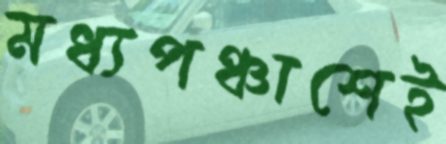
মধ্যপঞ্চাশেই